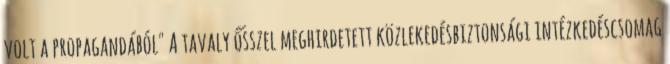
volt a propagandából" A tavaly ősszel meghirdetett közlekedésbiztonsági intézkedéscsomag